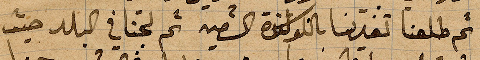
ثم طلعنا تغدينا باللوكندا الشعبية ثم لجنا في البلد حيث